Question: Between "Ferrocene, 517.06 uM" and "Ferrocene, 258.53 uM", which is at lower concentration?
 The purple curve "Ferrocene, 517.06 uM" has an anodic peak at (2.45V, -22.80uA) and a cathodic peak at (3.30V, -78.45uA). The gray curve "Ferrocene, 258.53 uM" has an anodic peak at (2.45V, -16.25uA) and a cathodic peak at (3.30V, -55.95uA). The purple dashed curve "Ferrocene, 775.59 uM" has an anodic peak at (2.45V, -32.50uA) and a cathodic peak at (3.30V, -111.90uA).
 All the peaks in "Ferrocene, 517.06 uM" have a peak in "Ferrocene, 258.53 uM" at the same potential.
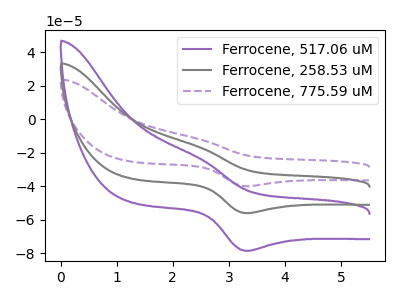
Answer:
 <answer>I cant tell if "Ferrocene, 517.06 uM" or "Ferrocene, 258.53 uM" has higher concentration.</answer>
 <eval>mixed_concentration</eval>